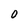
Character: 0